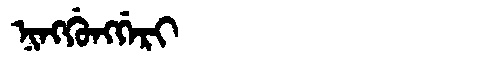
Manchu: ᠨᡳᠩᡤᡠᠩᡤᡝᡵᡳ
Romanization: NINGGUNGGERI